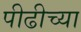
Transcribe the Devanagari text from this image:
पीढीच्या